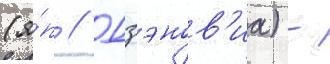
(я́п // Дзэнов'иа) -